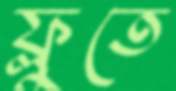
ফ্লুতে